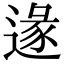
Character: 𨔵